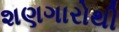
શણગારોથી